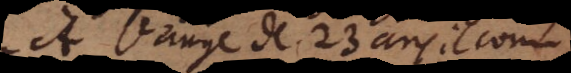
À l’aage de 23 ans il com